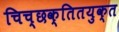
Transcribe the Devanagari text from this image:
चिच्छक्तितयुक्त